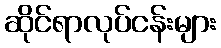
ဆိုင်ရာလုပ်ငန်းများ